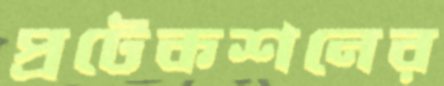
প্রটেকশনের